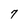
Character: 7